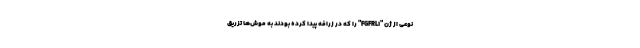
نوعی از ژن "FGFRL۱" را که در زرافه پیدا کرده بودند به موش‌ها تزریق